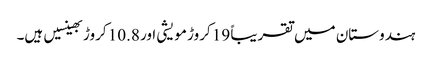
ہندوستان میں تقریباً 19 کروڑ مویشی اور 10.8 کروڑ بھینسیں ہیں۔